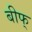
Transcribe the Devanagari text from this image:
बीफ्